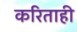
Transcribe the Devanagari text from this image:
करिताही